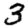
Digit: 3